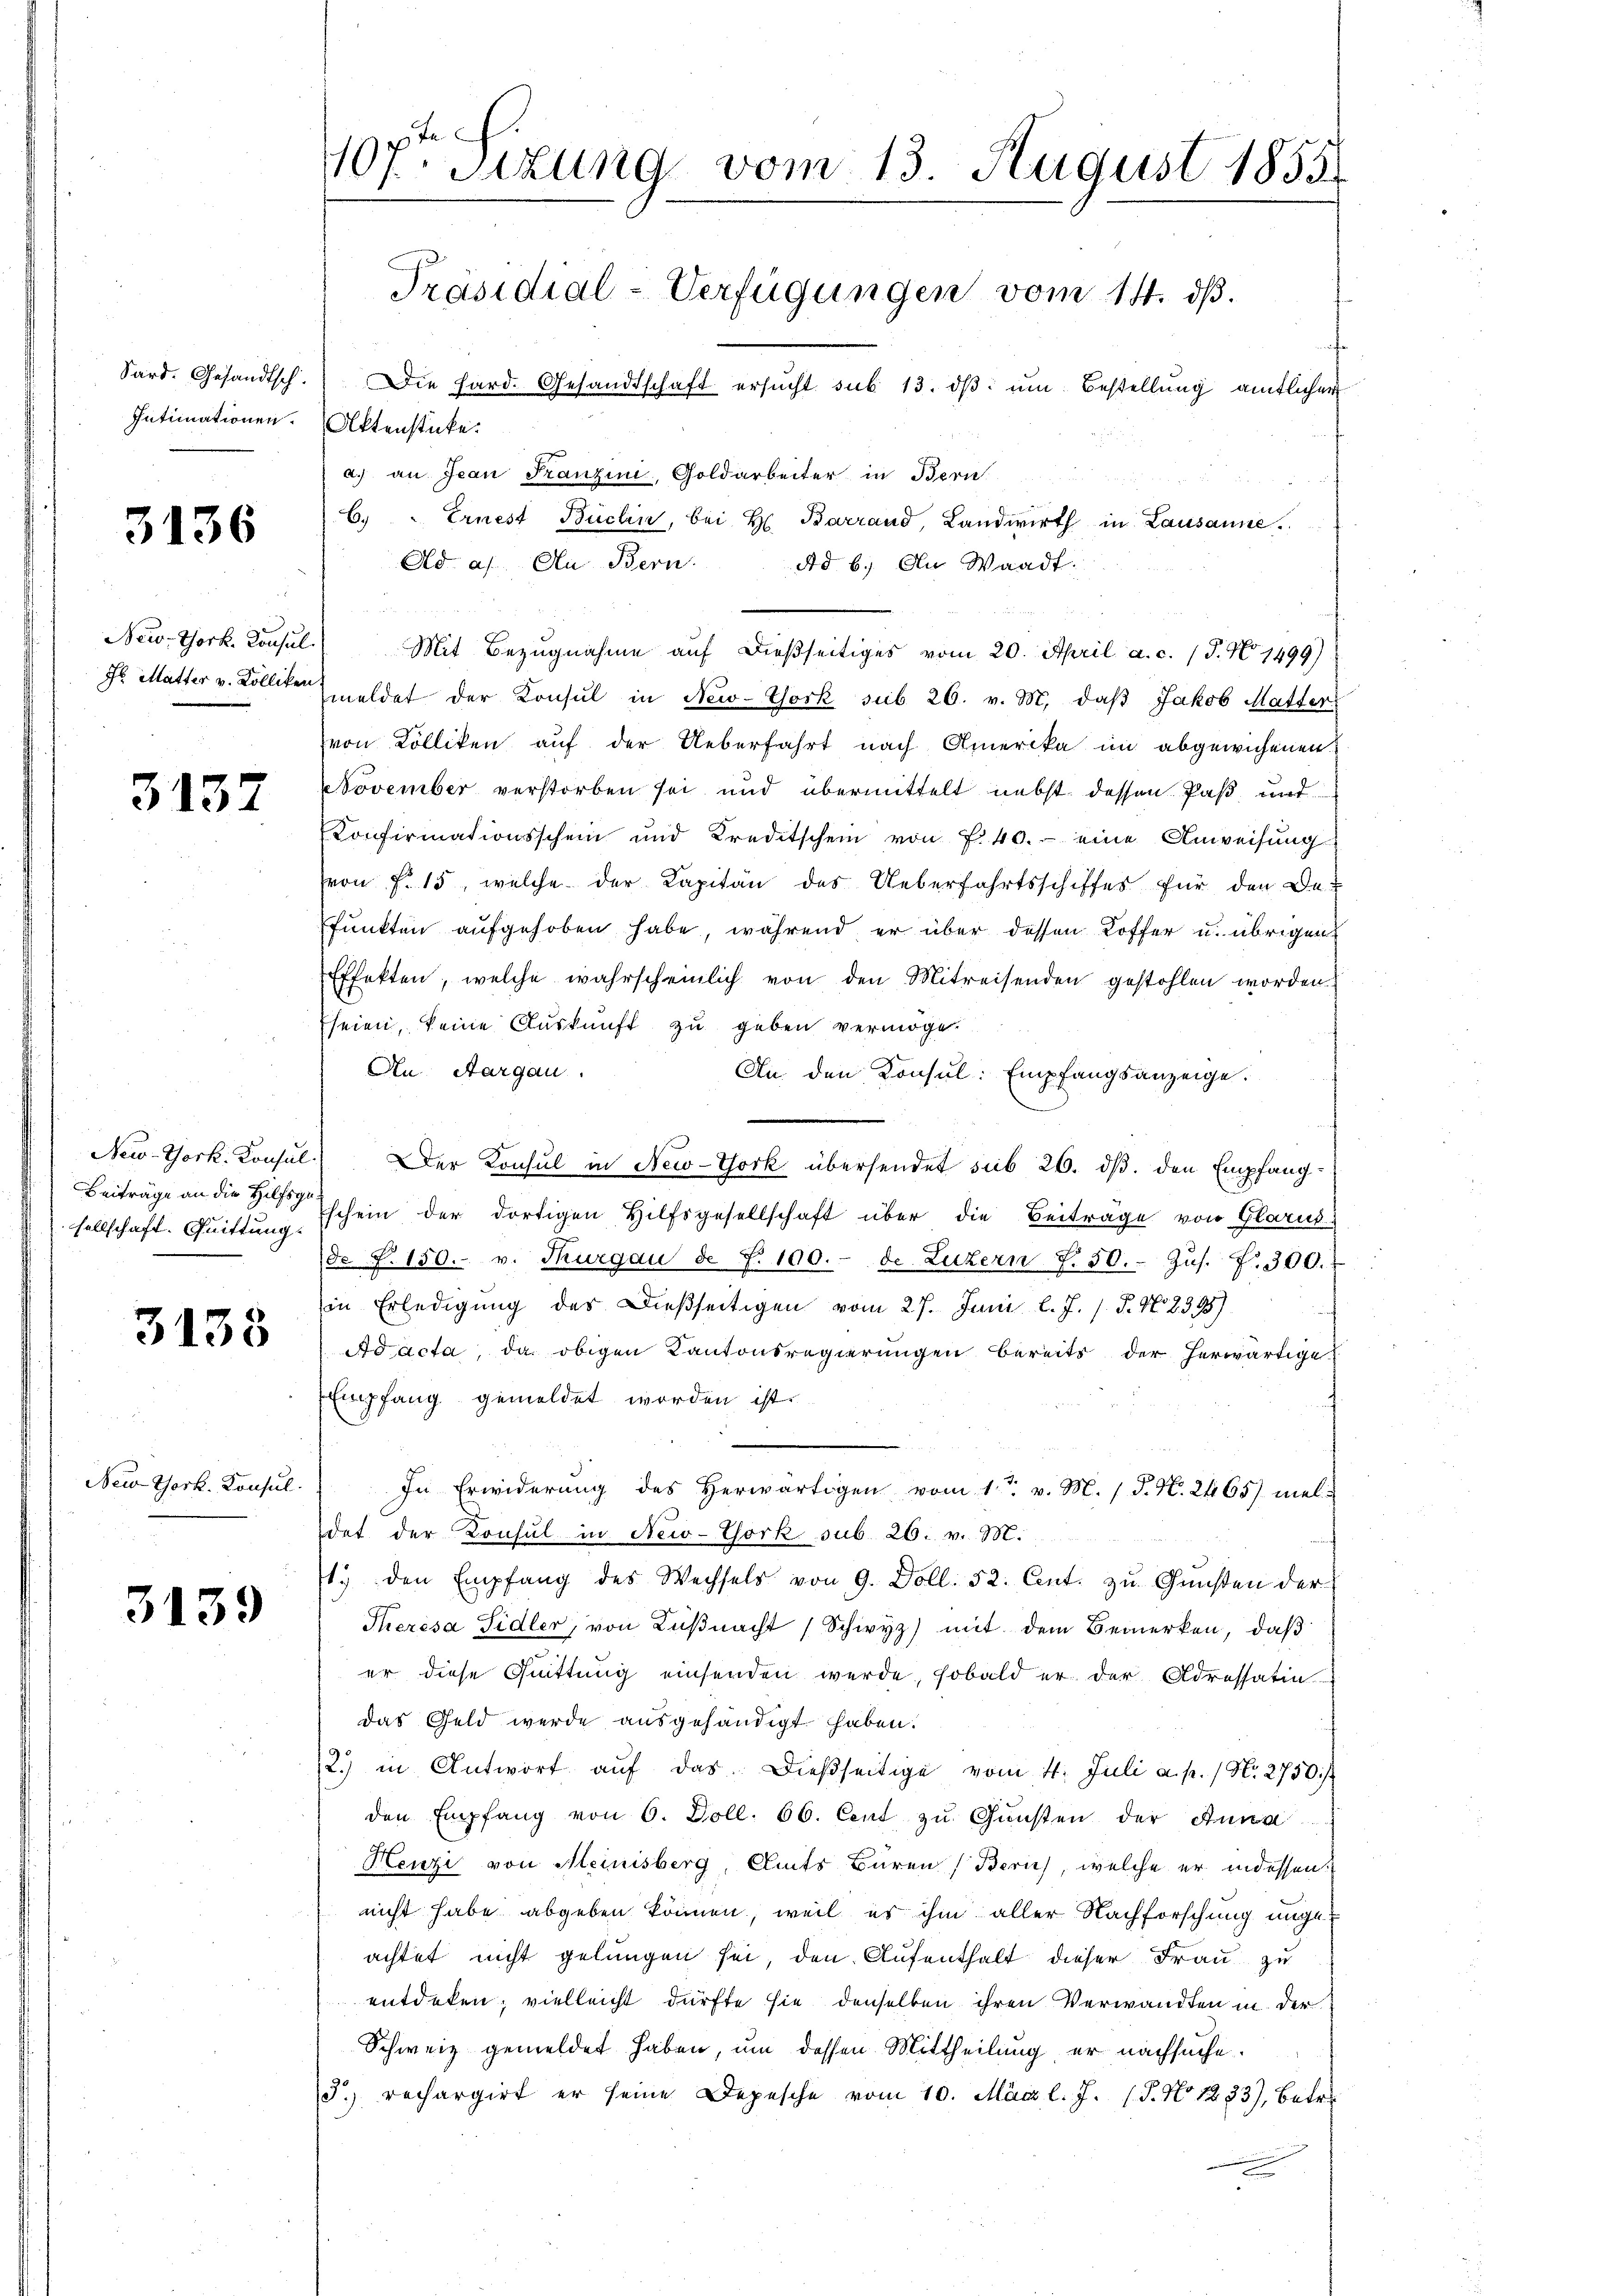
Sard. Gesandtsch.
Intimationen.

3136

Bew-York. Konsul
Hr. Mutter v. Kolliken

3137

New-York. Konsul
Beiträge an die Hilfsge
sellschaft. Quittung.

3138

New York. Konsul

3139

40fr. Sizung vom 13. August 1855
Präsidial-Verfügungen vom 14. ds.
Die Hard. Gesandtschaft ersucht sub 13. dβ um Bestellung amtlicher

Aktenstücke.
a.) an Jean Franzini, Goldarbeiter in Bern
C.) " Ernest Büchin, bei H. Barrand, Landwirth in Lausanne.
Ad a. An Bern.
Ad b.) An Waadt.
Mit Bezŭgnahme aŭf dießseitiges vom 20. April a. c. (T. No. 1499)
meldet der Konsul in New-York sub 26. v. M. daβ Jakob Matter
von Kolliken auf der Ueberfahrt nach Amerika im abgewichenen
November verstorben sei und übermittelt nebst dessen Paß und
Konfirmationsschein und Kreditschein von f. 40.- eine Anweisŭng
eon F. 15, welche der Kapitän des Ueberfahrtsschiffes für den De¬
Punkten aufgehoben habe, während er über dessen Koffer u. übrigen
Effekten, welche wahrscheinlich von den Mitreisenden gestohlen worden.
Eseien, keine Auskunft zu geben vermöge.
An Aargau.
An den Konsul: Empfangsanzeige.
Der Konsul in New-York übersendet sub 26. dß. den Empfangschein der dortigen Hilfsgesellschaft über die Beitrage von Glarus-
de P. 150. v. Thurgau d. S. 100.- de Luzern f. 50. Zŭs. f. 300.
in Erledigŭng des dießseitigen vom 27. Juni l. J. J. J. N. 2345)
Ad acta, da obigen Kantonsregierungen bereits der herwärtige
Empfang gemeldet worden ist.
In Erwiderŭng des herwärtigen vom 1t v. M. / P. N. 2465) mel-
det der Konsul in New-York sub. 26. v. M.
1. den Empfang des Wechsels von 9. Doll. 52. Cent. zu Gunsten der
Theresa Sidler, von Küßnacht (Schwyz) mit dem Bemerken, daß
er diese Quittung einsenden werde, sobald er der Adressatin.
das Geld werde ausgehändigt haben.
2.) in Antwort aŭf das dießseitige vom 4. Juli a. p. / N. 2750. /
den Empfang von 6. Doll. 66. Cent zŭ Gŭnsten der Anna
Henzi von Meinisberg, Amts Büren Zürich, welche er indessen:
nicht habe abgeben können, weil es ihm aller Nachforschung ungeachtet nicht gelungen sei, den Aufenthalt dieser Frau zu
entdeken; vielleicht dürfte sie denselben ihren Verwandten in der
Schweiz gemeldet haben, um dessen Mittheilung, er nachsuche.
3) rechargirt er seine Depesche vom 10. März l. J. (T. No 1333), Betr.